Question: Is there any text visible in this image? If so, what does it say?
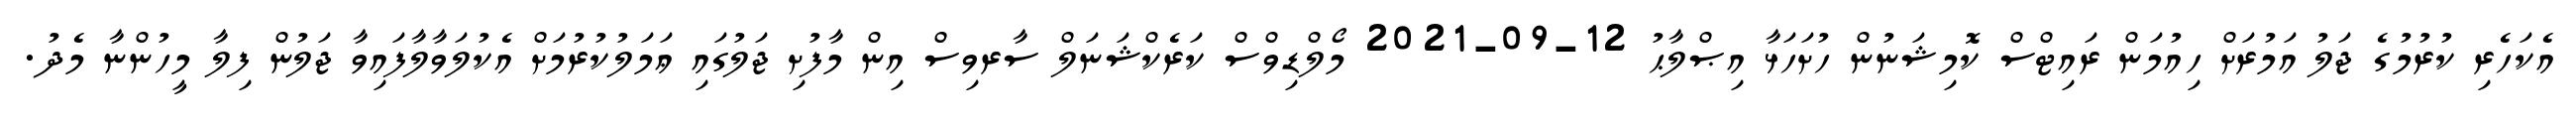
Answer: އެކަހެރި ކުރުމުގެ ޖަލު އަމުރަށް ހިއުމަން ރައިޓްސް ކޮމިޝަނުން ހުށަހަޅާ އިޞްލާޙު 12-09-2021 މޯލްޑިވްސް ކަރެކްޝަނަލް ސާރވިސް އިން މާފުށި ޖަލުގައި ޢަމަލުކުރުމަށް އެކުލަވާލާފައިވާ ޖަލުން ފިލާ މީހުންނާ މެދު.